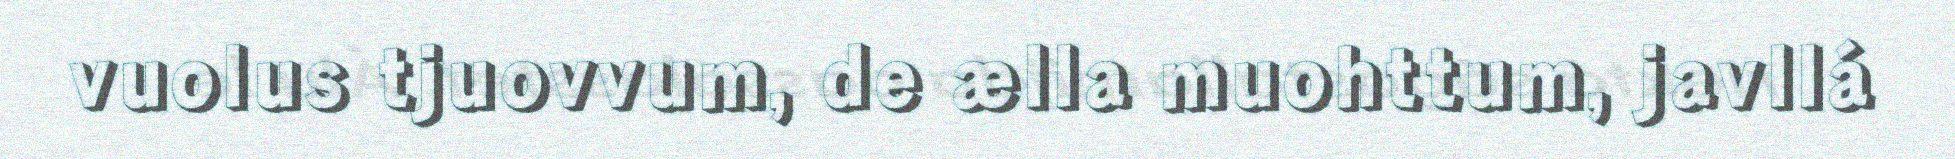
vuolus tjuovvum, de ælla muohttum, javllá